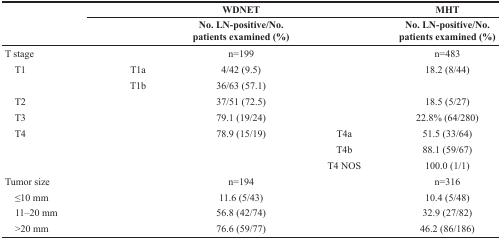
| <ROWSPAN=2>  | <COLSPAN=3> WDNET | MHT |
 |  | No. LN-positive/No. patients examined(%) |  | No. LN-positive/No. patients examined(%) |
 | --- | --- | --- | --- | --- |
 | T stage |  | n=199 |  | n=483 |
 | T1 | T1a | 4/42 (9.5) |  | 18.2 (8/44) |
 |  | T1b | 36/63 (57.1) |  |  |
 | T2 |  | 37/51 (72.5) |  | 18.5 (5/27) |
 | T3 |  | 79.1 (19/24) |  | 22.8% (64/280) |
 | T4 |  | 78.9 (15/19) | T4a | 51.5 (33/64) |
 |  |  |  | T4b | 88.1 (59/67) |
 |  |  |  | T4 NOS | 100.0 (1/1) |
 | Tumor size |  | n=194 |  | n=316 |
 | ≤10 mm |  | 11.6 (5/43) |  | 10.4 (5/48) |
 | 11–20 mm |  | 56.8 (42/74) |  | 32.9 (27/82) |
 | >20 mm |  | 76.6 (59/77) |  | 46.2 (86/186) |